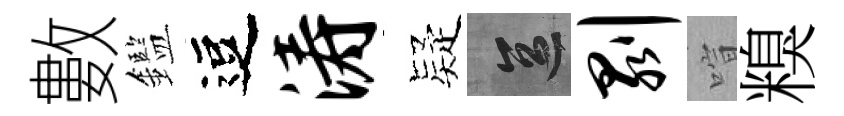
數鑑逗涛疑區剥喧糗